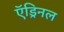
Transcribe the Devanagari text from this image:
ऍड्रिनल